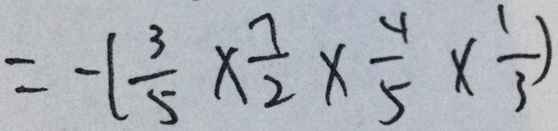
= - ( \frac { 3 } { 5 } \times \frac { 7 } { 2 } \times \frac { 4 } { 5 } \times \frac { 1 } { 3 } )